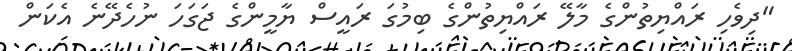
"ދިވެހި ރައްޔިތުންގެ މާލޭ ރައްޔިތުންގެ ބިމުގަ ރައީސް ޔާމީންގެ ޖަގަހަ ނުހެދޭނެ އެކަން